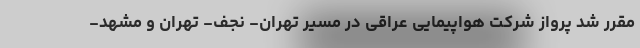
مقرر شد پرواز شرکت هواپیمایی عراقی در مسیر تهران- نجف- تهران و مشهد-